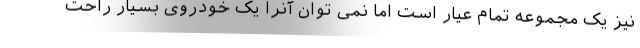
نیز یک مجموعه تمام عیار است اما نمی توان آنرا یک خودروی بسیار راحت